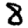
Digit: 8